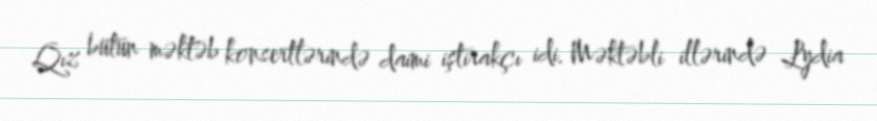
Qız bütün məktəb konsertlərində daimi iştirakçı idi. Məktəbli illərində Lydia